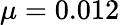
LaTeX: \mu=0.012